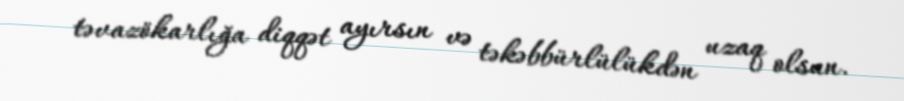
təvazökarlığa diqqət ayırsın və təkəbbürlülükdən uzaq olsun.